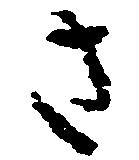
さ